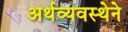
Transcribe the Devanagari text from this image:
अर्थव्यवस्थेने